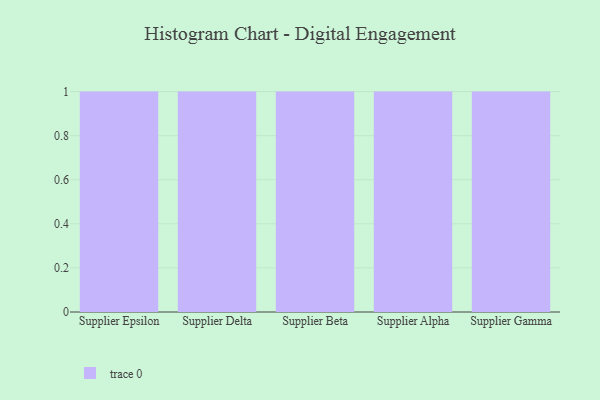
{"axis": {"x": "Supplier", "y": "Churn Rate (%)"}, "legend": [""], "data": [{"x": "Supplier Epsilon", "y": 40, "type": ""}, {"x": "Supplier Delta", "y": 91, "type": ""}, {"x": "Supplier Beta", "y": 87, "type": ""}, {"x": "Supplier Alpha", "y": 55, "type": ""}, {"x": "Supplier Gamma", "y": 33, "type": ""}]}